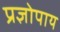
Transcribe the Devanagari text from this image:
प्रज्ञोपाय